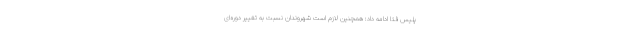
پلیس فتا ادامه داد:‌ همچنین لازم است شهروندان نسبت به تغییر دوره‌ای